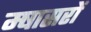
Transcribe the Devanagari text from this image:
म्षासरों